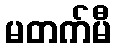
မတက်မီ